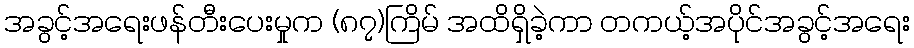
အခွင့်အရေးဖန်တီးပေးမှုက (၈၇)ကြိမ် အထိရှိခဲ့ကာ တကယ့်အပိုင်အခွင့်အရေး